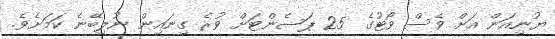
ޔުނިއަން އަށް ވެސް ވޯޓުގެ 25 ޕަސެންޓަށް ވުރެ ގިނައިން ނުލިބޭނެ ކަމަށެވެ.